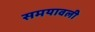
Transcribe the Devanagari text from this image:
समयावली